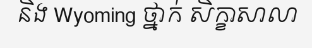
និង Wyoming ថ្នាក់ សិក្ខាសាលា